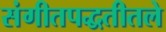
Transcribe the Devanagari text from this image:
संगीतपद्धतीतले